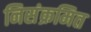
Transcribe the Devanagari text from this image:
निसंक्रमित